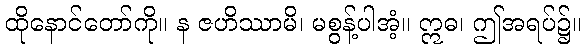
ထိုနောင်တော်ကို။ န ဇဟိဿာမိ၊ မစွန့်ပါအံ့။ ဣဓ၊ ဤအရပ်၌။